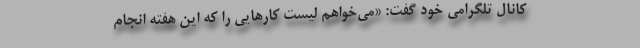
کانال تلگرامی خود گفت: «می‌خواهم لیست کارهایی را که این هفته انجام